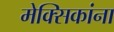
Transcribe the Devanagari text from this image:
मेक्सिकांना